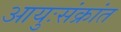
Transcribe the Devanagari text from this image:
आयुःसंक्रांत